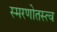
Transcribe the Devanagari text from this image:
स्मरणोतस्त्व